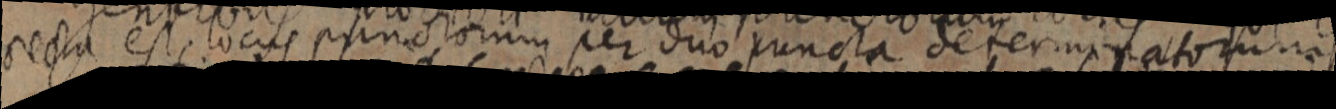
recta est locus punctorum per duo puncta determinatorum